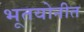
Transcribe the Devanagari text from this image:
भूतयोनीत